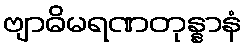
ဗျာဓိမရဏတုန္နာနံ